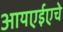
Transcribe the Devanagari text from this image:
आयएईएचे